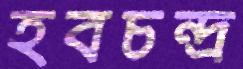
হবচন্দ্র